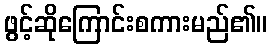
ဖွင့်ဆိုကြောင်းစကားမည်၏။